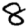
Digit: 8